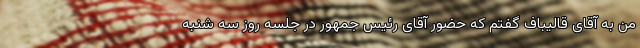
من به آقای قالیباف گفتم که حضور آقای رئیس جمهور در جلسه روز سه شنبه